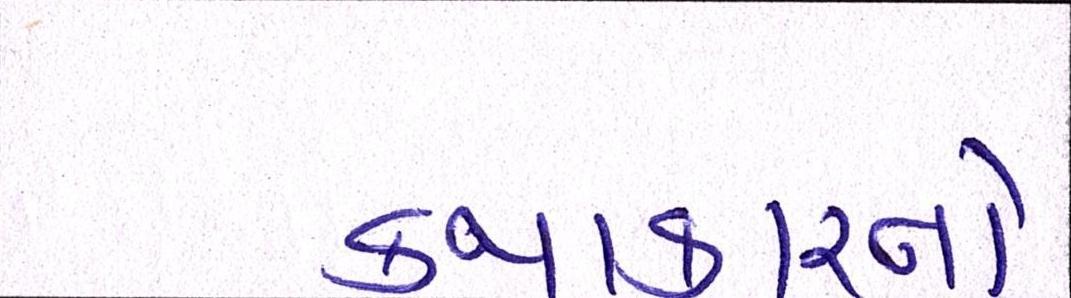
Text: કથાકારનો